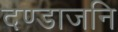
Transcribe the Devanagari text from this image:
दण्डाजनि